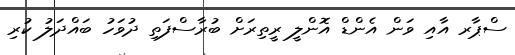
ސްޕާރ އާއި ވަން އެންޑް އޮންލީ ރީތިރަށް ބުރާސްފަތި ދުވަހު ބައްދަލު ކުރި